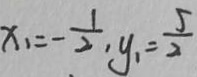
x _ { 1 } = - \frac { 1 } { 2 } , y _ { 1 } = \frac { 5 } { 2 }